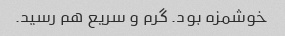
خوشمزه بود. گرم و سریع هم رسید.